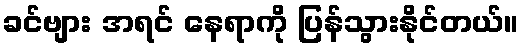
ခင်ဗျား အရင် နေရာကို ပြန်သွားနိုင်တယ်။